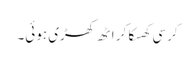
کرسی کھسکا کر اٹھ کھڑی ہوئی۔